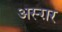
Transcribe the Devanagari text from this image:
अस्ग़र